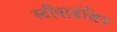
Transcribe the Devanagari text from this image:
स्टीवार्डशिप